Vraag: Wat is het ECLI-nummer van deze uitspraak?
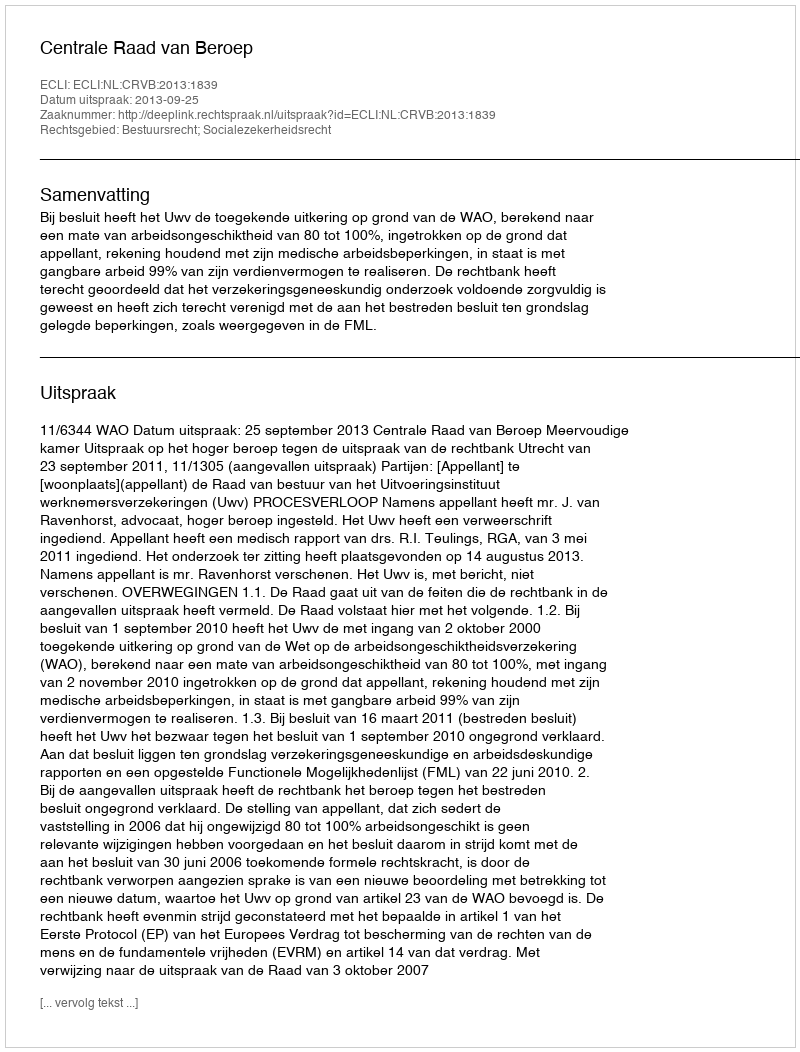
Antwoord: ECLI:NL:CRVB:2013:1839